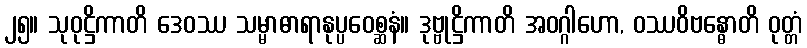
၂၅။ သုဝုဋ္ဌိကာတိ ဒေဝဿ သမ္မာဓာရာနုပ္ပဝေစ္ဆနံ။ ဒုဗ္ဗုဋ္ဌိကာတိ အဝဂ္ဂါဟော, ဝဿဝိဗန္ဓောတိ ဝုတ္တံ